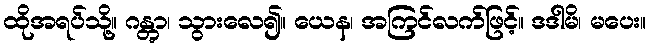
ထိုအရပ်သို့။ ဂန္တွာ၊ သွားလေ၍။ ယေန၊ အကြင်လက်ဖြင့်။ ဒဒါမိ၊ မပေး။